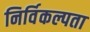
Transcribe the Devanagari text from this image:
निर्विकल्पता